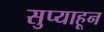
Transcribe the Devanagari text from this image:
सुप्याहून